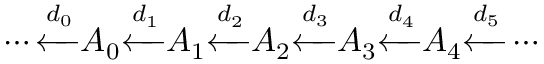
\cdots { \xleftarrow { d _ { 0 } } } A _ { 0 } { \xleftarrow { d _ { 1 } } } A _ { 1 } { \xleftarrow { d _ { 2 } } } A _ { 2 } { \xleftarrow { d _ { 3 } } } A _ { 3 } { \xleftarrow { d _ { 4 } } } A _ { 4 } { \xleftarrow { d _ { 5 } } } \cdots